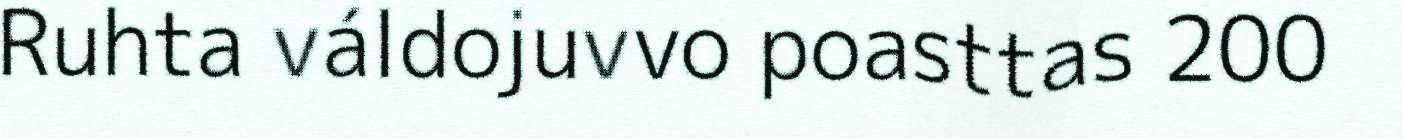
Ruhta váldojuvvo poasttas 200